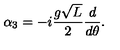
\alpha _ { 3 } = - i { \frac { g \sqrt L } { 2 } } { \frac { d } { d \theta } } .